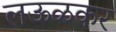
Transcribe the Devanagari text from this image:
लऊळकर